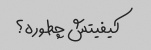
کیفیتش چطوره؟